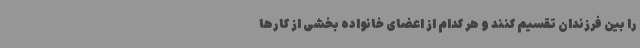
را بین فرزندان تقسیم کنند و هر کدام از اعضای خانواده بخشی از کارها